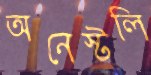
অনেস্টলি